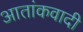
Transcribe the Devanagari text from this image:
आतांकवादी